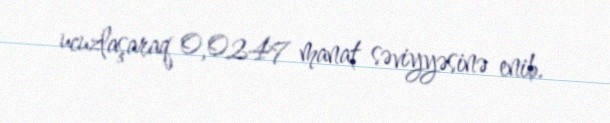
ucuzlaşaraq 0,0247 manat səviyyəsinə enib.